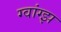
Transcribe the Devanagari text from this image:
ग्वांग्झ